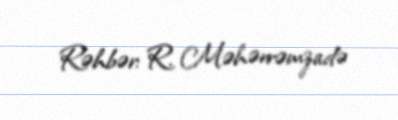
Rəhbər: R. Məhərrəmzadə